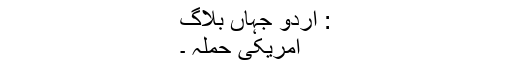
: اردو جہاں بلاگ
امریکی حملہ ۔